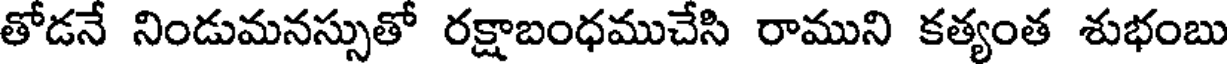
తోడనే నిండుమనస్సుతో రక్షాబంధముచేసి రాముని కత్యంత శుభంబు